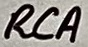
Text: RCA